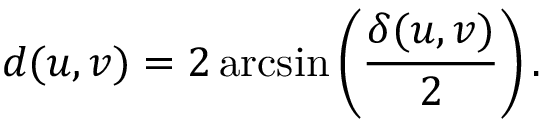
d ( u , v ) = 2 \arcsin \left( { \frac { \delta ( u , v ) } { 2 } } \right) .